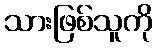
သားဖြစ်သူကို